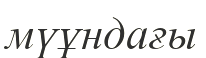
мүұндағы